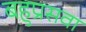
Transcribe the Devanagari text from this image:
बहुप्रसवा